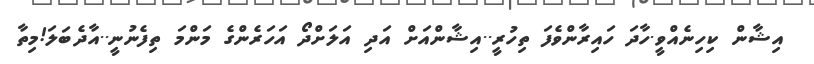
އިޝާން ކިހިނެއްވީ.ހާދަ ހައިރާންވެފަ ތިހުރީ..އިޝާންއަށް އަދި އަލަށްދޯ އަހަރެންގެ މަންމަ ތިފެނުނީ..އާދެބަލަ!މިތާ